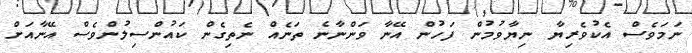
ނަމަވެސް އެކުވެރިޔާ ނިޔާވުމުން ފަހުން އޭނާ ވަންނާނެ ތަނެއް ނެތިގެން ކައުންސިލުންވެސް އޭނާއަށް